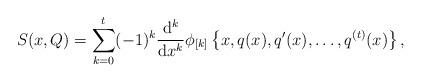
LaTeX: \begin{align*} S(x, Q) = \sum_{k=0}^t (-1)^{k} \frac{{\rm d}^k }{{\rm d} x^k} \phi_{[k]}\left\{x, q(x), q'(x), \ldots, q^{(t)}(x)\right\},\end{align*}